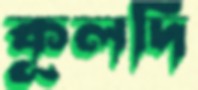
কূলদি